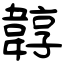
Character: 韕